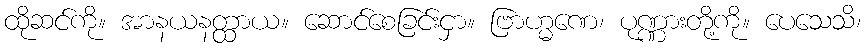
ထိုဆင်ကို။ အာနယနတ္ထာယ။ ဆောင်စေခြင်းငှာ။ ဗြာဟ္မဏေ၊ ပုဏ္ဏားတို့ကို။ ပေသေသိ၊